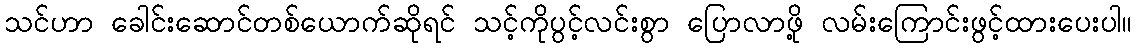
သင်ဟာ ခေါင်းဆောင်တစ်ယောက်ဆိုရင် သင့်ကိုပွင့်လင်းစွာ ပြောလာဖို့ လမ်းကြောင်းဖွင့်ထားပေးပါ။